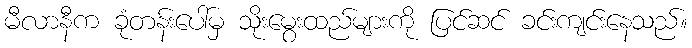
မီလာနီက ခုံတန်းပေါ်မှ သိုးမွေးထည်များကို ပြင်ဆင် ခင်းကျင်းနေသည်။